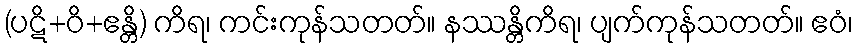
(ပဋိ+ဝိ+ဧန္တိ) ကိရ၊ ကင်းကုန်သတတ်။ နဿန္တိကိရ၊ ပျက်ကုန်သတတ်။ ဧဝံ၊